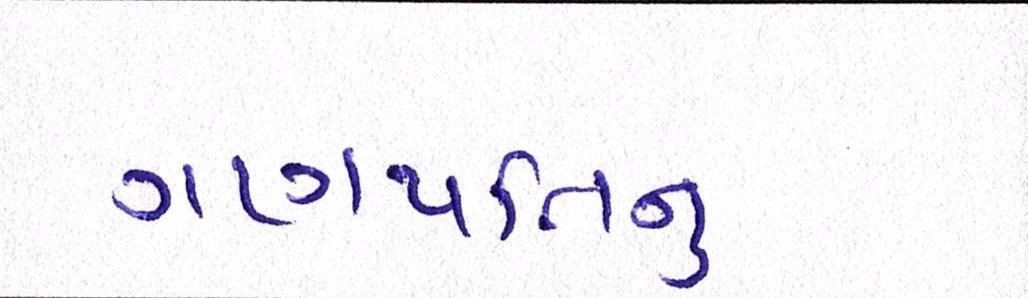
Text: ગણપતિનું